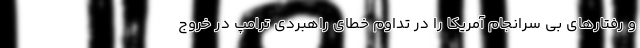
و رفتارهای بی سرانجام آمریکا را در تداوم خطای راهبردی ترامپ در خروج